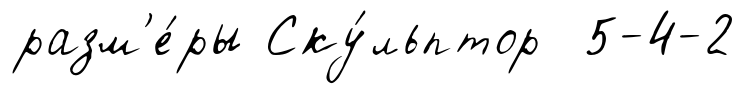
разм'е́ры Ску́льптор 5-4-2